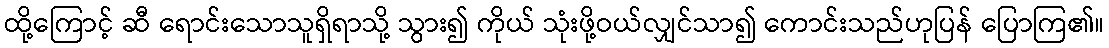
ထို့ကြောင့် ဆီ ရောင်းသောသူရှိရာသို့ သွား၍ ကိုယ် သုံးဖို့ဝယ်လျှင်သာ၍ ကောင်းသည်ဟုပြန် ပြောကြ၏။